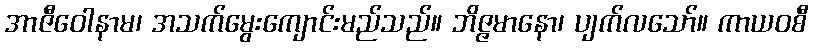
အာဇီဝေါနာမ၊ အသက်မွေးကျောင်းမည်သည်။ ဘိဇ္ဇမာနော၊ ပျက်လသော်။ ကာယဝစီ